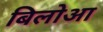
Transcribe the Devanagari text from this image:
बिलोआ